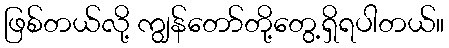
ဖြစ်တယ်လို့ ကျွန်တော်တို့တွေ့ရှိရပါတယ်။